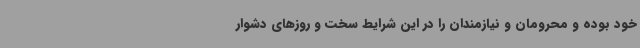
خود بوده و محرومان و نیازمندان را در این شرایط سخت و روزهای دشوار